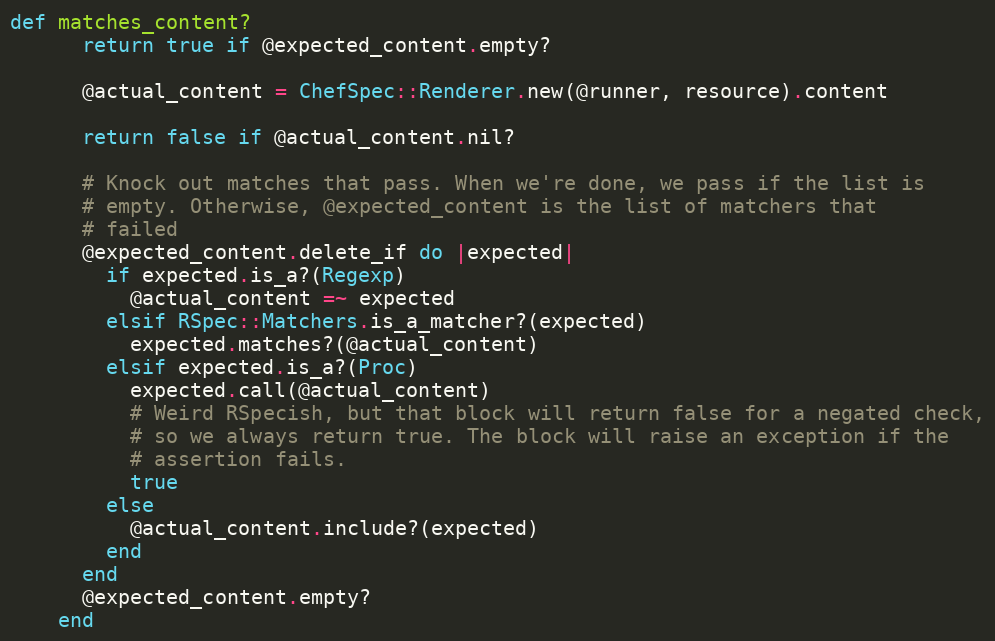
Language: Ruby
def matches_content?
      return true if @expected_content.empty?

      @actual_content = ChefSpec::Renderer.new(@runner, resource).content

      return false if @actual_content.nil?

      # Knock out matches that pass. When we're done, we pass if the list is
      # empty. Otherwise, @expected_content is the list of matchers that
      # failed
      @expected_content.delete_if do |expected|
        if expected.is_a?(Regexp)
          @actual_content =~ expected
        elsif RSpec::Matchers.is_a_matcher?(expected)
          expected.matches?(@actual_content)
        elsif expected.is_a?(Proc)
          expected.call(@actual_content)
          # Weird RSpecish, but that block will return false for a negated check,
          # so we always return true. The block will raise an exception if the
          # assertion fails.
          true
        else
          @actual_content.include?(expected)
        end
      end
      @expected_content.empty?
    end